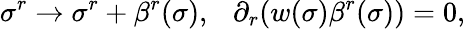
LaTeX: \sigma^{r}\rightarrow\sigma^{r}+\beta^{r}(\sigma),~~~\partial_{r}(w(\sigma)\beta^{r}(\sigma))=0,